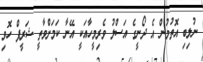
ނުލިބި އޮތުމުން އެ ދޯނީގެ އަސްލު ވެރިމީހާއަކީ އޭނާ ކަމަށްވާތީ ޝަރީފް ހޮވި